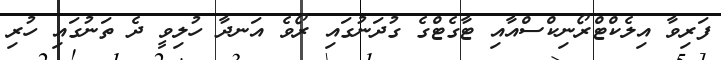
ފަރިވާ އިލެކްޓްރޯނިކްސްއާއި ޓާގެޓްގެ ގުދަނުގައި ރޯވެ އަނދާ ހުލިވީ ދެ ތަނުގައި ހުރި